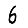
Digit: 6